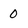
Character: 0